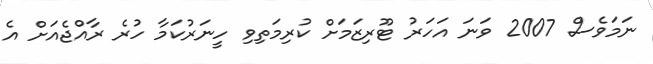
ނަމަވެސް 2007 ވަނަ އަހަރު ޓޫރިޒަމަށް ކުރިމަތިވި ހީނަރުކަމާ ހުރެ ރާއްޖެއަށް އެ